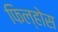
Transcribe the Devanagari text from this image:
फिल्होस